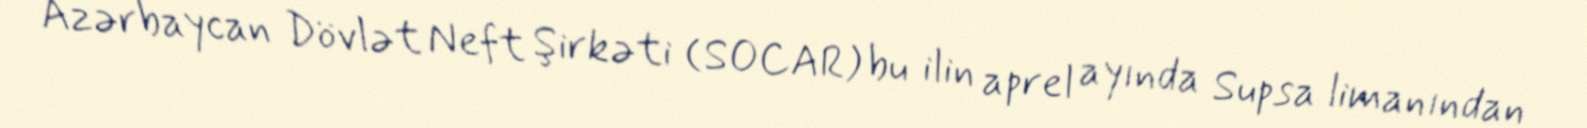
Azərbaycan Dövlət Neft Şirkəti (SOCAR) bu ilin aprel ayında Supsa limanından